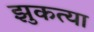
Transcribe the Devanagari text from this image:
झुकत्या